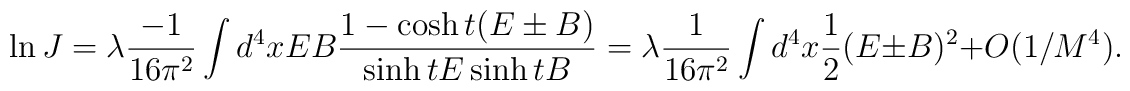
\ln J = \lambda \frac{-1}{16\pi^{2}} \int d^{4}x                E B \frac{1-\cosh t(E\pm B)}{\sinh t E \sinh t B}  = \lambda \frac{1}{16\pi^2} \int d^4 x \frac{1}{2} (E\pm B)^2 + O(1/M^4).